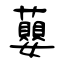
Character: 蘡